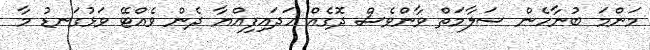
މަންމަ ބުނާހެން ސަލާމަތް ވާންވެސް ދޮގެއް ހަދައިފިއްޔާ ދެން ވެއްޓޭ ވަޅުގަނޑު މާ